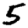
Digit: 5